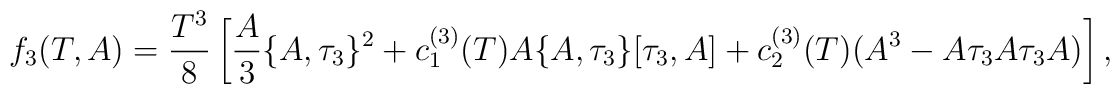
f_3(T,A)=\frac{T^3}{8}\left[\frac{A}{3}\{A,\tau_3\}^2           +c^{(3)}_1(T)A\{A,\tau_3\}[\tau_3,A]           +c^{(3)}_2(T)(A^3-A\tau_3A\tau_3A)\right],